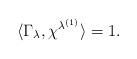
LaTeX: \begin{align*}\langle \Gamma_\lambda, \chi^{\lambda^{(1)}} \rangle =1.\end{align*}